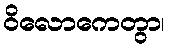
ဝိလောကေတွာ၊